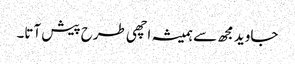
جاوید مجھ سے ہمیشہ اچھی طرح پیش آتا۔